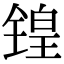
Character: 锽